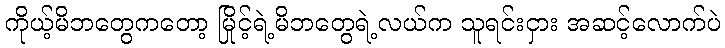
ကိုယ့်မိဘတွေကတော့ မြိုင့်ရဲ့မိဘတွေရဲ့လယ်က သူရင်းငှား အဆင့်လောက်ပဲ